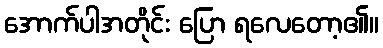
အောက်ပါအတိုင်း ပြော ရလေတော့၏။